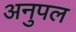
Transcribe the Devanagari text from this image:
अनुपल